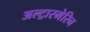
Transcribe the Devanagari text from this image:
अल्ट्रारमेरिन